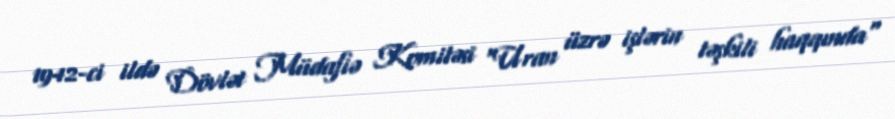
1942-ci ildə Dövlət Müdafiə Komitəsi "Uran üzrə işlərin təşkili haqqında"